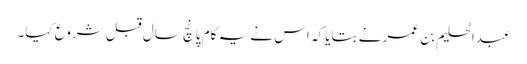
عبدالحلیم بن عمر نے بتایا کہ اس نے یہ کام پانچ سال قبل شروع کیا۔